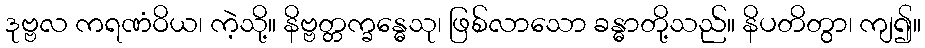
ဒုဗ္ဗလ ကရဏံဝိယ၊ ကဲ့သို့။ နိဗ္ဗတ္တက္ခန္ဓေသု၊ ဖြစ်လာသော ခန္ဓာတို့သည်။ နိပတိတွာ၊ ကျ၍။